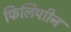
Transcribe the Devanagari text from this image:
फिलिपाीन